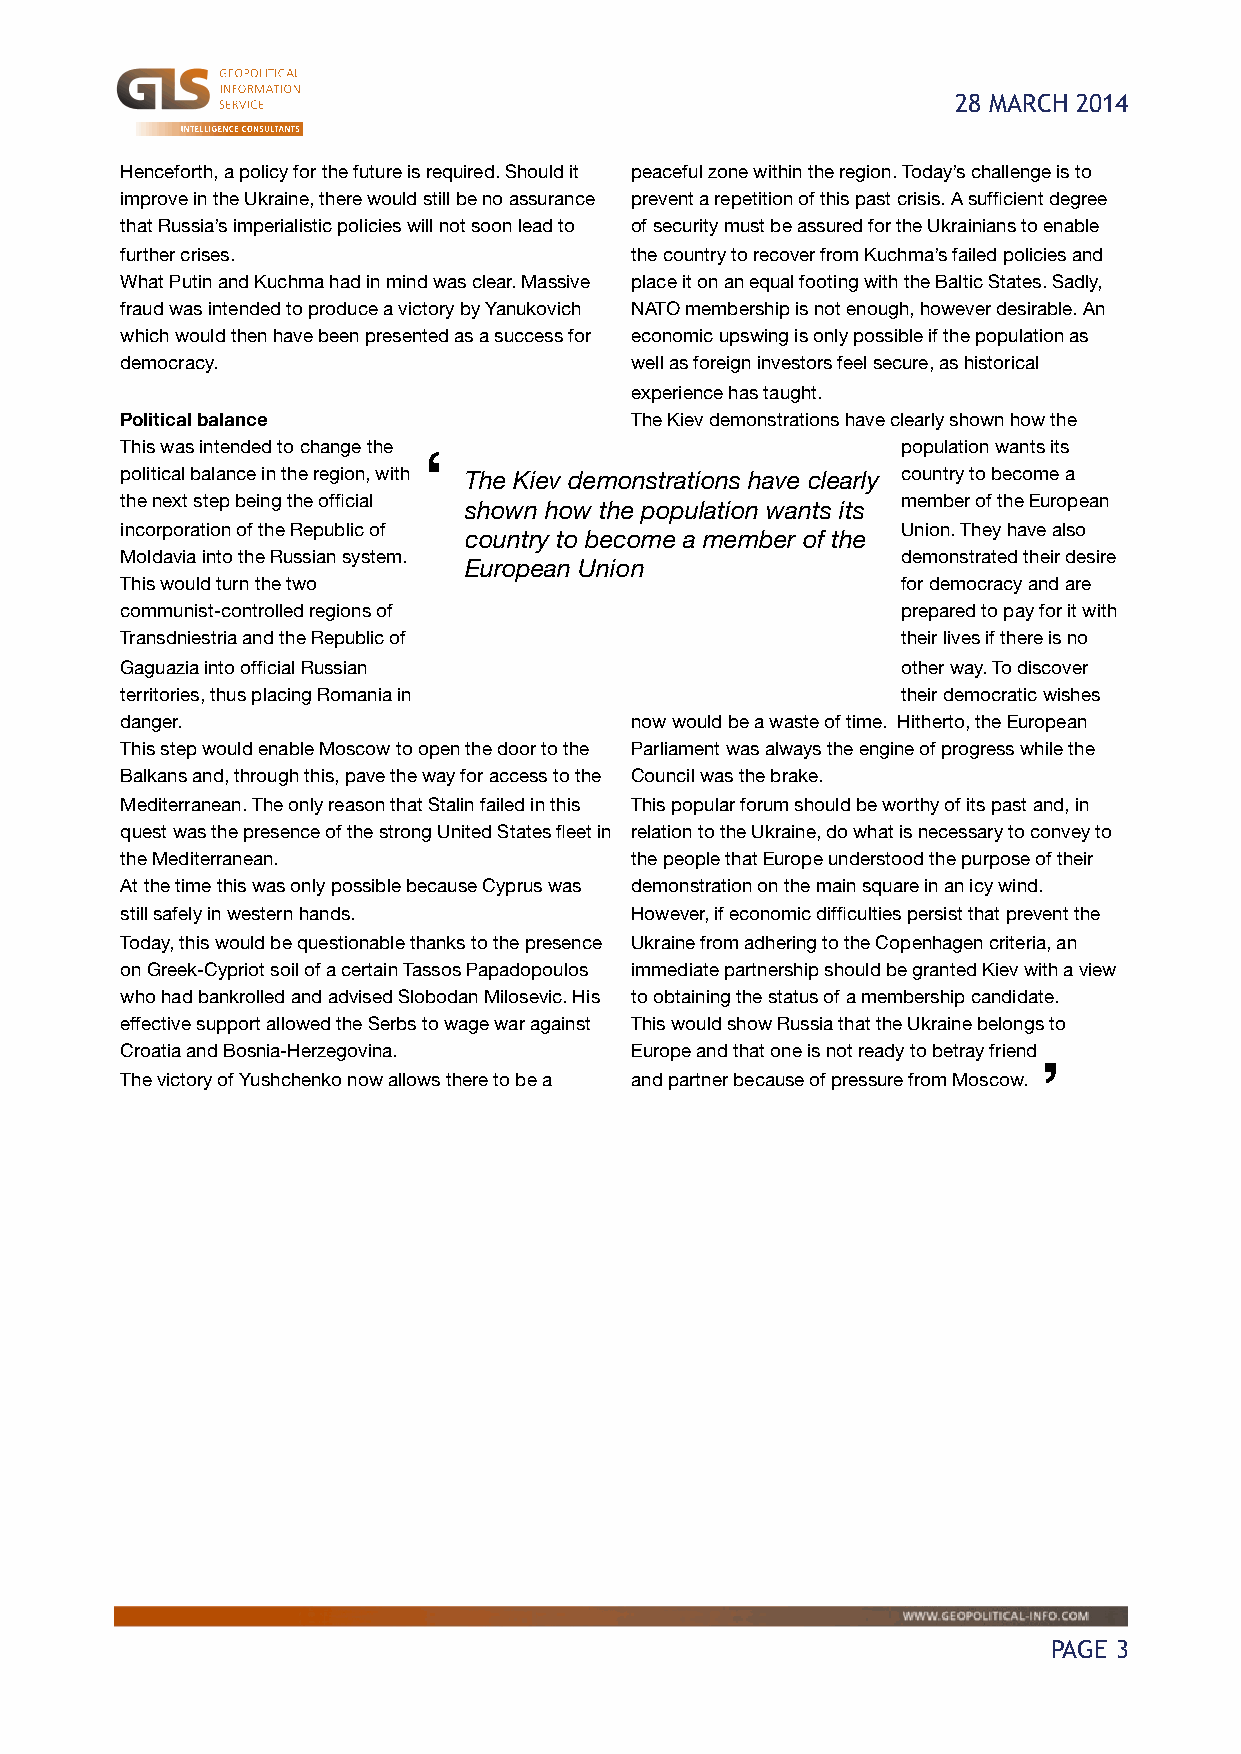
28 MARCH 2014
 Henceforth, a policy for the future is required. Should it peaceful zone within the region. Today’s challenge is to
 improve in the Ukraine, there would still be no assurance prevent a repetition of this past crisis. A sufficient degree
 that Russia’s imperialistic policies will not soon lead to of security must be assured for the Ukrainians to enable
 further crises.                   the country to recover from Kuchma’s failed policies and
 What Putin and Kuchma had in mind was clear. Massive place it on an equal footing with the Baltic States. Sadly,
 fraud was intended to produce a victory by Yanukovich NATO membership is not enough, however desirable. An
 which would then have been presented as a success for economic upswing is only possible if the population as
 democracy.                        well as foreign investors feel secure, as historical
 experience has taught.
 Political balance                 The Kiev demonstrations have clearly shown how the
 This was intended to change the                     population wants its
 ʻ
 political balance in the region, with The Kiev demonstrations have clearly country to become a
 the next step being the official                    member of the European
 shown how the population wants its
 incorporation of the Republic of                    Union. They have also
 country to become a member of the
 Moldavia into the Russian system.                   demonstrated their desire
 European Union
 This would turn the two                             for democracy and are
 communist-controlled regions of                     prepared to pay for it with
 Transdniestria and the Republic of                  their lives if there is no
 Gaguazia into official Russian                      other way. To discover
 territories, thus placing Romania in                their democratic wishes
 danger.                           now would be a waste of time. Hitherto, the European
 This step would enable Moscow to open the door to the Parliament was always the engine of progress while the
 Balkans and, through this, pave the way for access to the Council was the brake.
 Mediterranean. The only reason that Stalin failed in this This popular forum should be worthy of its past and, in
 quest was the presence of the strong United States fleet in relation to the Ukraine, do what is necessary to convey to
 the Mediterranean.                the people that Europe understood the purpose of their
 At the time this was only possible because Cyprus was demonstration on the main square in an icy wind.
 still safely in western hands.    However, if economic difficulties persist that prevent the
 Today, this would be questionable thanks to the presence Ukraine from adhering to the Copenhagen criteria, an
 on Greek-Cypriot soil of a certain Tassos Papadopoulos immediate partnership should be granted Kiev with a view
 who had bankrolled and advised Slobodan Milosevic. His to obtaining the status of a membership candidate.
 effective support allowed the Serbs to wage war against This would show Russia that the Ukraine belongs to
 Croatia and Bosnia-Herzegovina.   Europe and that one is not ready to betray friend
 ʼ
 The victory of Yushchenko now allows there to be a and partner because of pressure from Moscow.
 PAGE 3